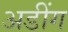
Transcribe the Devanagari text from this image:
अडींग